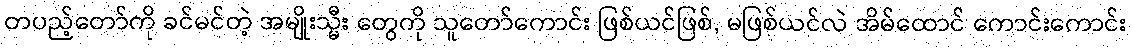
တပည့်တော်ကို ခင်မင်တဲ့ အမျိုးသ္မီး တွေကို သူတော်ကောင်း ဖြစ်ယင်ဖြစ်, မဖြစ်ယင်လဲ အိမ်ထောင် ကောင်းကောင်း